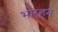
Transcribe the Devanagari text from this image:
भोरहून